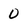
Character: 0